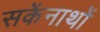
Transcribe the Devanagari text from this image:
सकेंनाथों